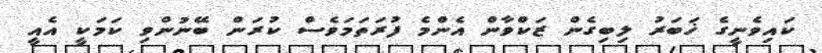
ކައިވެނީގެ ޚަބަރު ލިބިގެން ޒަކްވާން އެންމެ ފުރަތަމަވެސް ކުރަން ބޭނުންވި ކަމަކީ އެއީ